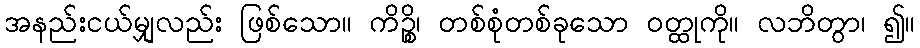
အနည်းငယ်မျှလည်း ဖြစ်သော။ ကိဉ္စိ၊ တစ်စုံတစ်ခုသော ဝတ္ထုကို။ လဘိတွာ၊ ၍။